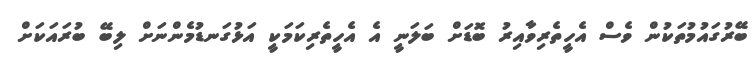
ބޭރުގައުމުތަކުން ވެސް އެހީތެރިވާއިރު ބޮޑަށް ބަލަނީ އެ އެހީތެރިކަމަކީ އަޅުގަނޑުމެންނަށް ލިބޭ ބުރައަކަށް